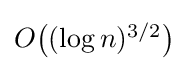
{\textstyle O{\bigl (}(\log n)^{3/2}{\bigr )}}